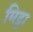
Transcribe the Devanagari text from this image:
मिट्टा